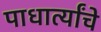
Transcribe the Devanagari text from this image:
पाधार्त्यांचे